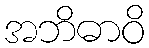
အဘိဓာဝိ